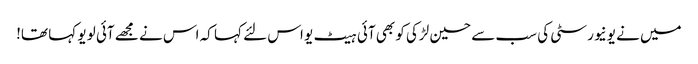
میں نے یونیورسٹی کی سب سے حسین لڑکی کو بھی آئی ہیٹ یو اس لئے کہا کہ اس نے مجھے آئی لو یو کہا تھا!